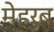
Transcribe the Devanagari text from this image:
मेहरुब